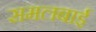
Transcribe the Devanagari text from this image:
समलबाई